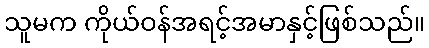
သူမက ကိုယ်ဝန်အရင့်အမာနှင့်ဖြစ်သည်။